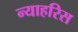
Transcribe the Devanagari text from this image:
न्याहरिस